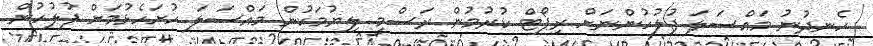
ހެނދުނު މައްސަލަ ފުލުހުންނަށް ރިޕޯޓް ކުރުމުން ރަސްމީ ލިޔުމަކުން މައްސަލަ ހުށަހެޅުމަށް ފުލުހުން